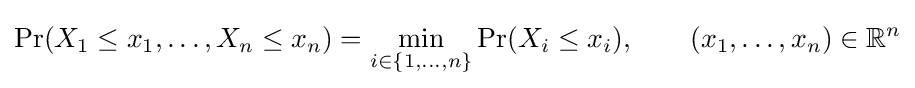
\Pr(X_{1}\leq x_{1},\ldots ,X_{n}\leq x_{n})=\min _{i\in \{1,\ldots ,n\}}\Pr(X_{i}\leq x_{i}),\qquad (x_{1},\ldots ,x_{n})\in {\mathbb {R} }^{n}